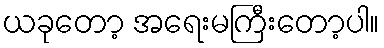
ယခုတော့ အရေးမကြီးတော့ပါ။